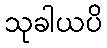
သုခါယပိ